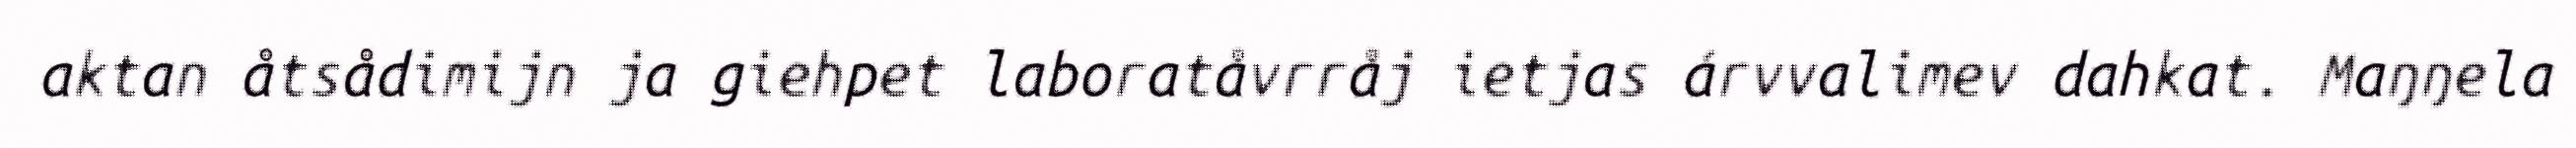
aktan åtsådimijn ja giehpet laboratåvrråj ietjas árvvalimev dahkat. Maŋŋela